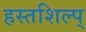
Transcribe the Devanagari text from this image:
हस्तशिल्प्